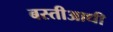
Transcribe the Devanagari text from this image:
बस्तीआधी